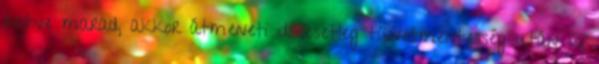
rejtve marad, akkor átmeneti idő esetleg tünetmentesség után új